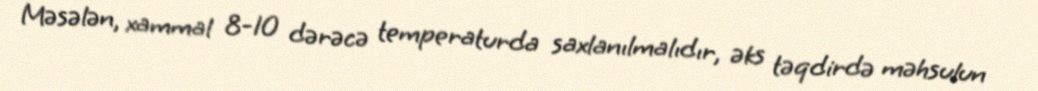
Məsələn, xammal 8-10 dərəcə temperaturda saxlanılmalıdır, əks təqdirdə məhsulun